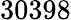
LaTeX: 30398